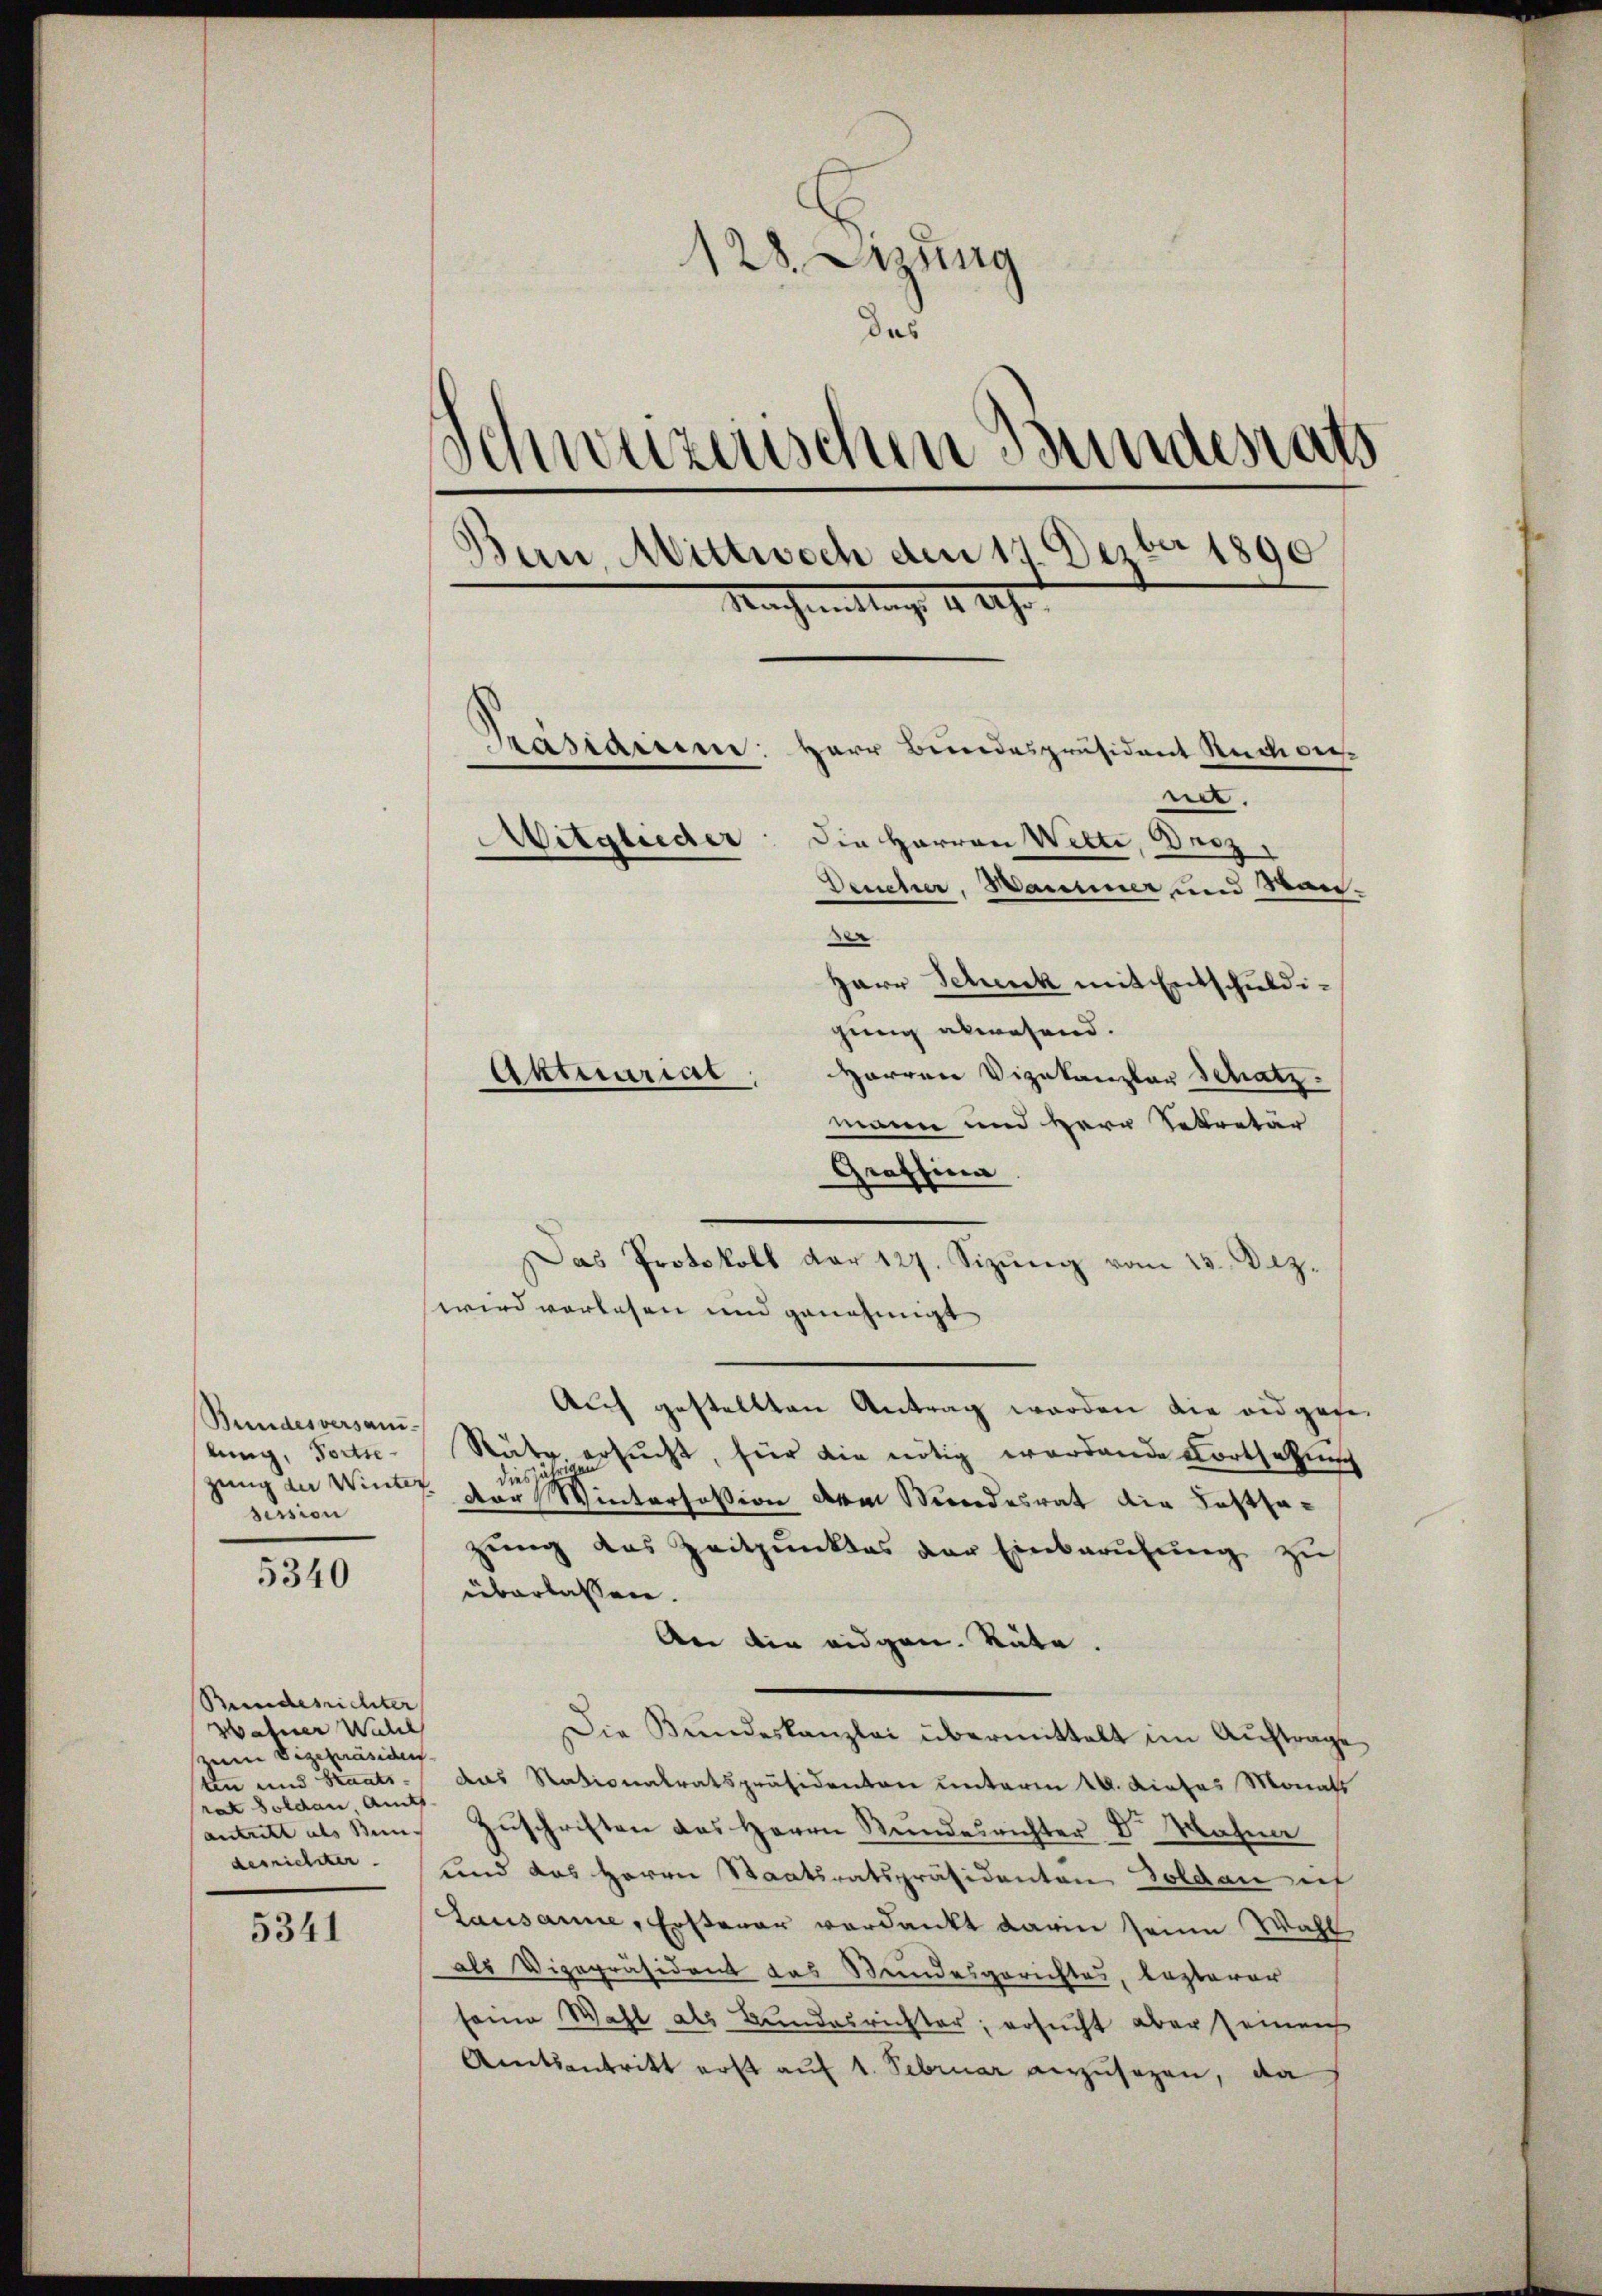
Bundesversamlung, Fortse
session

5340

Bundesrichter
Wahner Wall
zum Vizepräsiden
ten und Staats-
rat Soldau Amts
antritt als Kin-
derrichter.

5341

128. Sitzung
das
d
Schweizenschen Bundesrath
Bern, Mittwoch den 17. Dezbr 1890
Nachmittag 4. 20.
Präsidium:
Herr Bundespräsident Reich dienet.
Mitglieder: die Herren Welti, Berz
Deucher, Haminer und San.
e
Herr Schenck mit Entschuldigung abwesend.
Aktuarial
Harren Vizekanzler Schatz.

mann und Herr Sekretär
Graffina
wird vorlesen und genehmigt
Auf gestellten Antrag werden die eidgen.
Rütr. ersucht, für die nötig werdende Fortselung
diesjähr
zung an Wind der Wintersosion dem Mundesrat die Festsazŭng das Zeitpunktes der Einbarŭfŭng zŭ
überlassen.
An die eidgen. Sute.
Die Bundeskanzlei übermittelt im Auftrage
das Stationalratspräsidenten unterm 14. Dieses Monats
Zŭschriften des Herrn Stundesrichter Dr. Mahne
und das Herrn Staatsratspräsidenten Soldau ich
Lausanne, Ersterar verdankt darin seine Wahl
als Vizepräsident das Bundesgerichtes, lezterer
seine Wahl als Bundesrichter; ersucht aber seinen
Amtsantritt erst auf 1. Februar anzusehen, da

Das Protokoll der 127. Sizŭng vom 23. Dez.